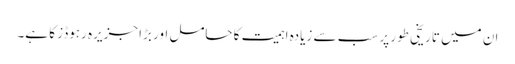
ان میں تاریخی طور پر سب سے زیادہ اہمیت کا حامل اور بڑا جزیرہ رہوڈز کا ہے۔